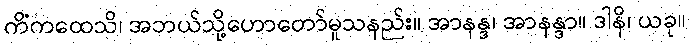
ကိံကထေသိ၊ အဘယ်သို့ဟောတော်မူသနည်း။ အာနန္ဒ၊ အာနန္ဒာ။ ဒါနိ၊ ယခု။